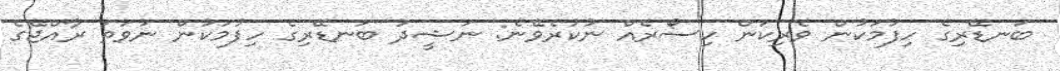
ބަނޑޭރިގެ ހިފުމަކުން ވެރިކަން ހިސޯރެއް ނުކުރެވޭނެ: ނަޝީދު ބަނޑޭރިގެ ހިފުމަކުން ނުވަތަ ރާއްޖޭގެ